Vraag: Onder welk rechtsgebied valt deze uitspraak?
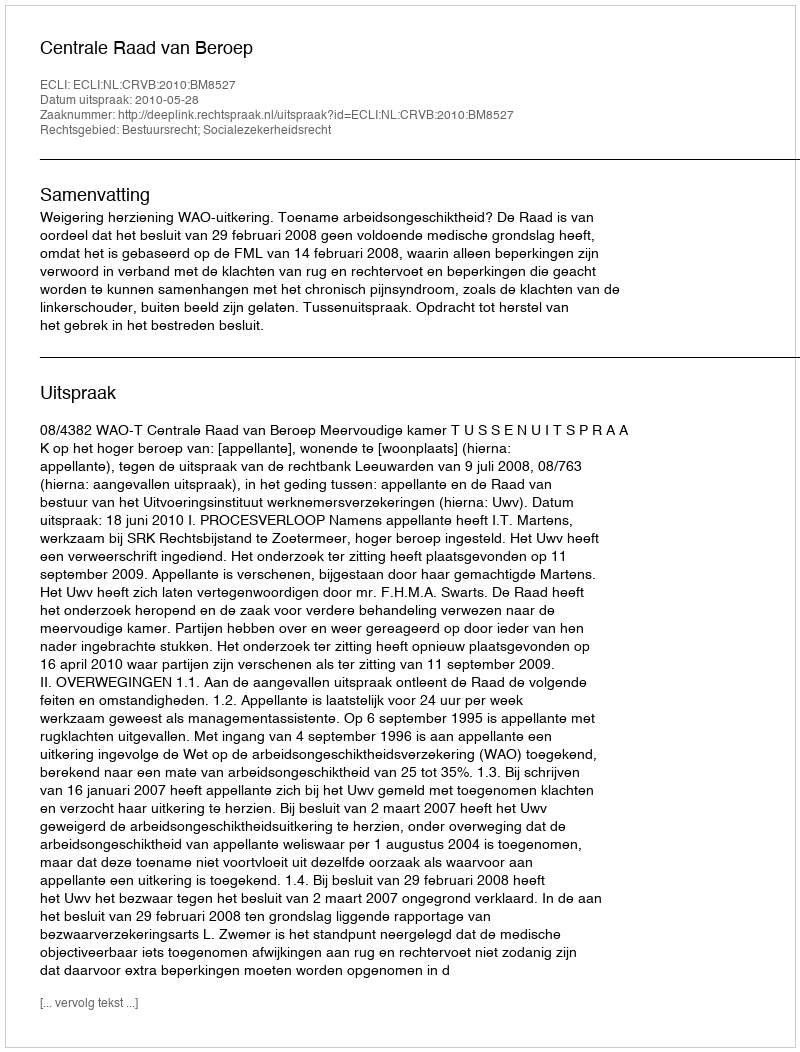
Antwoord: Bestuursrecht; Socialezekerheidsrecht